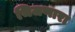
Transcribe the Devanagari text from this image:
भिजणारा